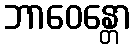
ဘာဝေန္တော